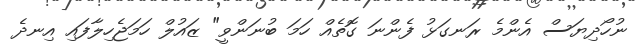
ނުހޯދިޔަސް އެންމެ ރަނގަޅު ފެންނަ ގޮތެއް ހަމަ ބުނަންވީ" ޒައުލް ހަމަޖެހިލާފައި އިނދެ